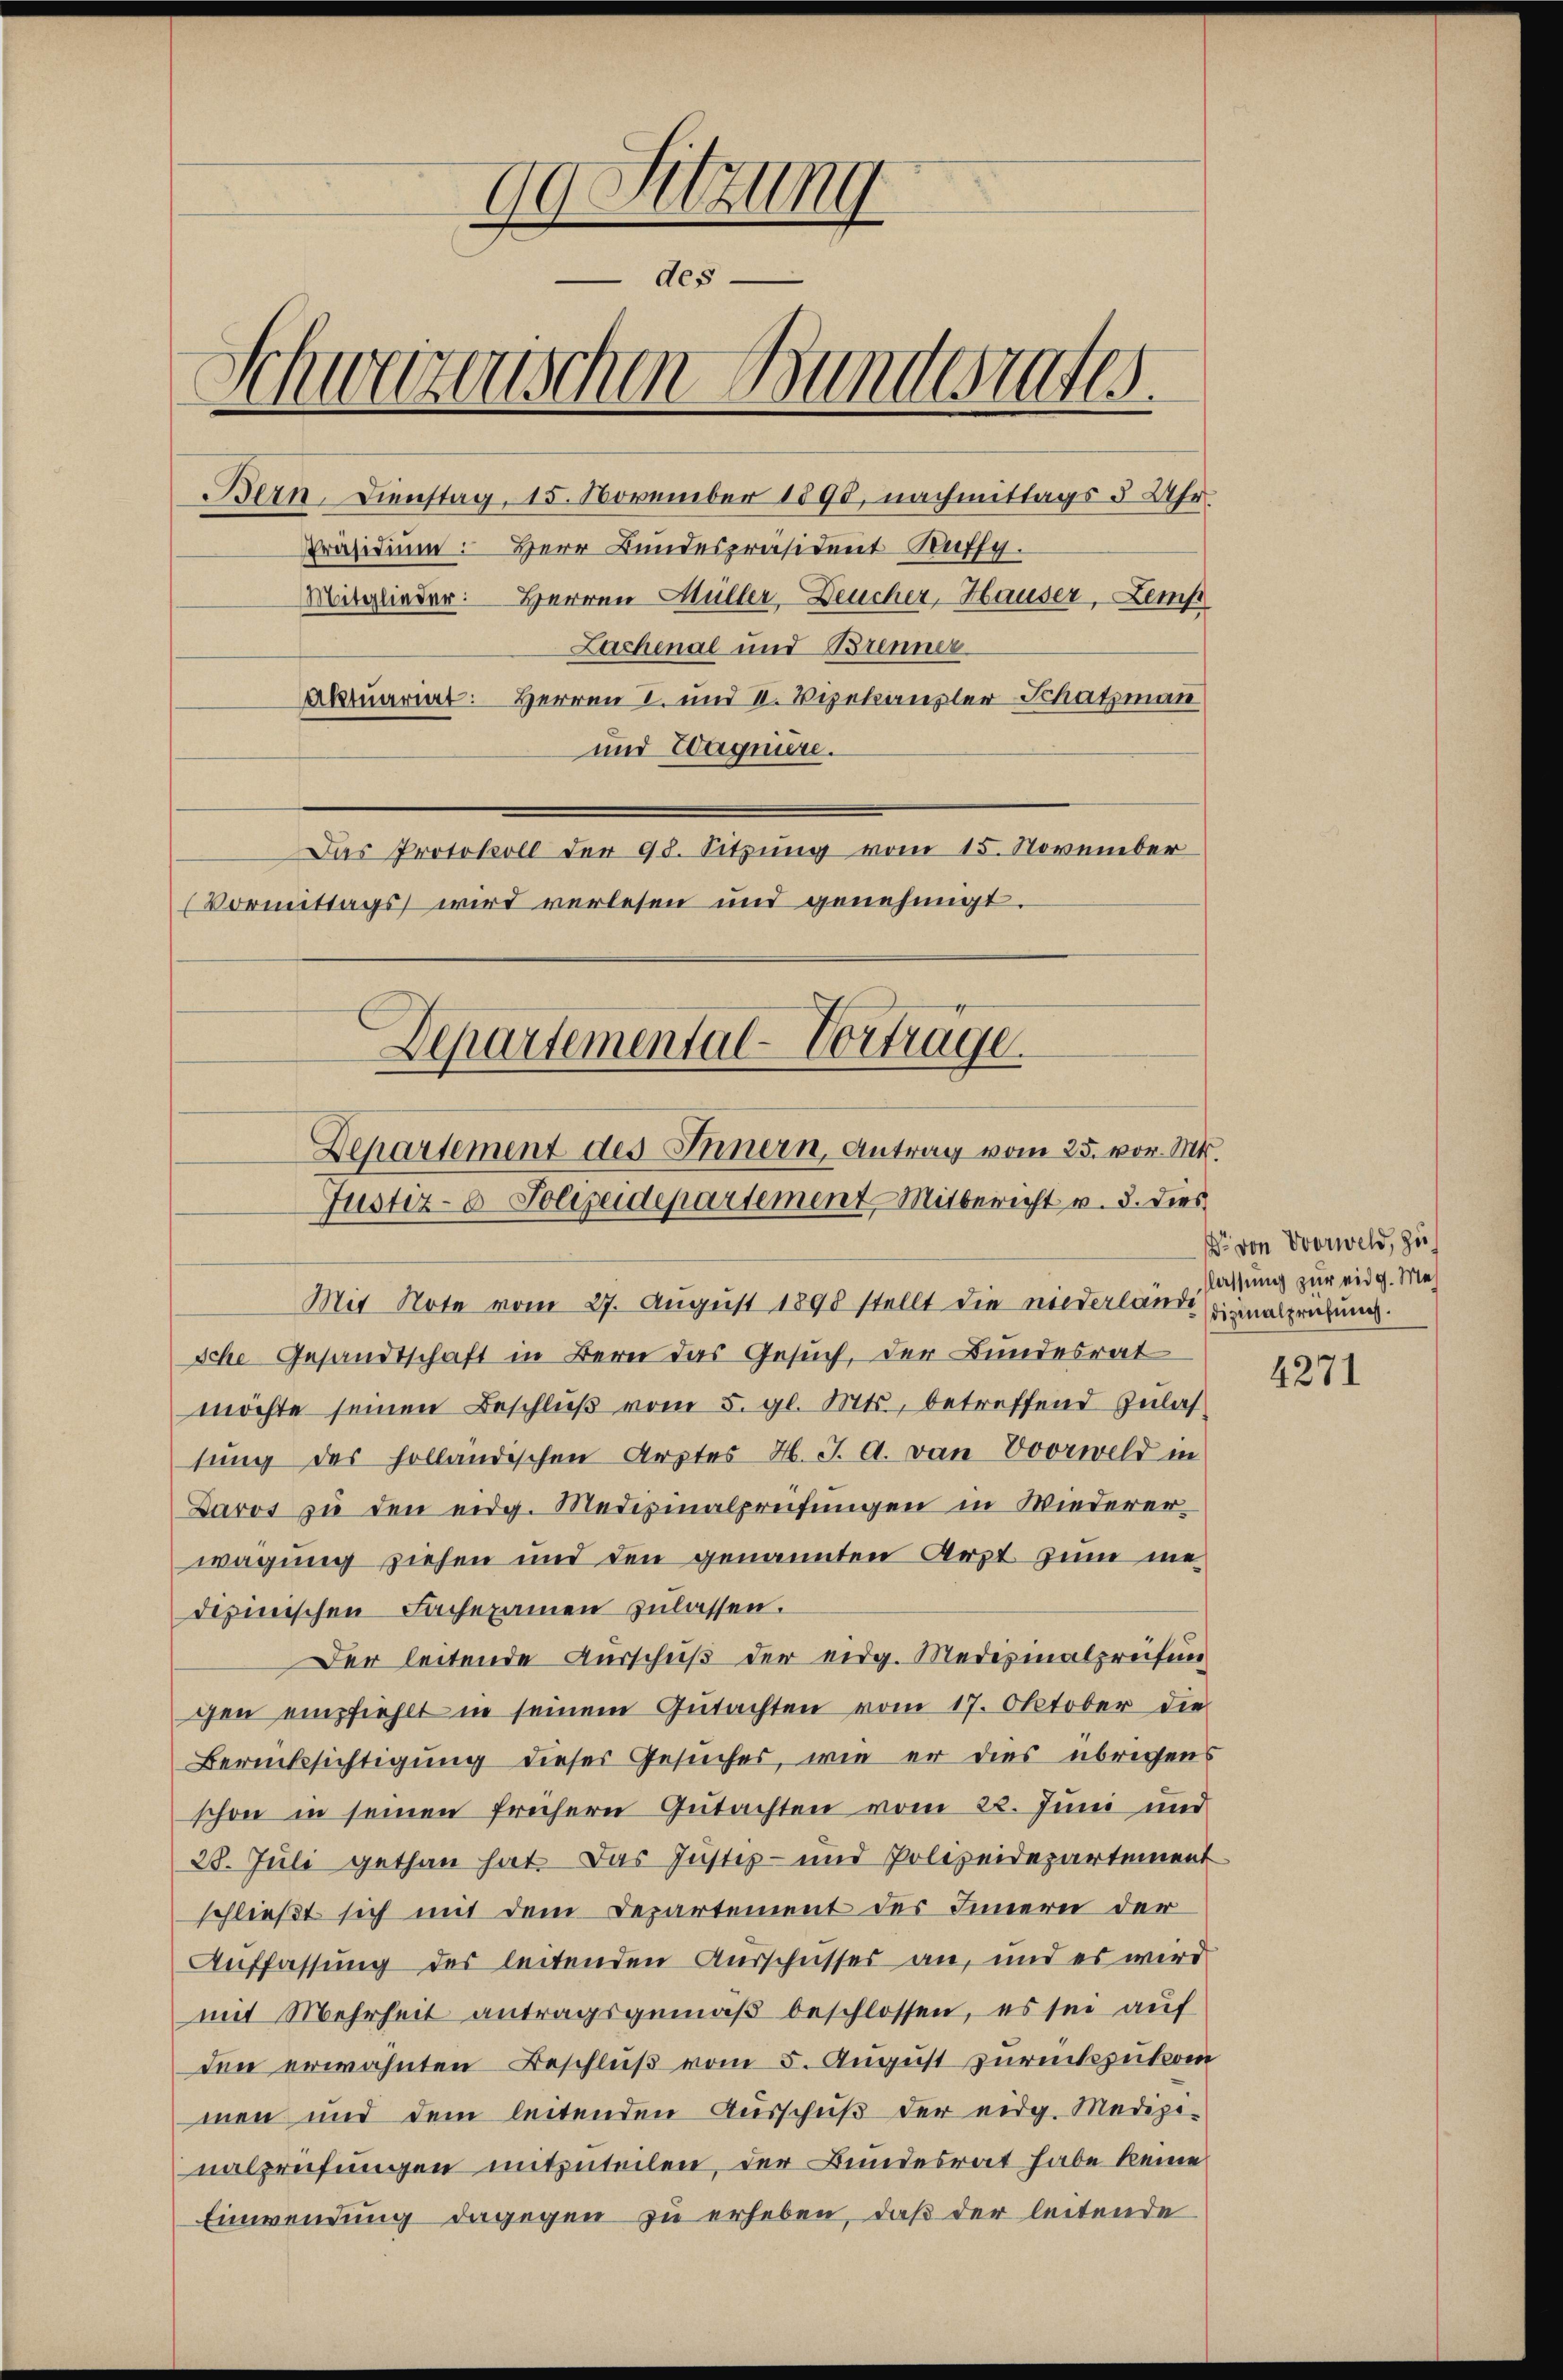
99 Sitzung
des
Schweizerischen Bundesrates.
Bern Dienstag, 15. November 1890, nachmittags 3 Uhr
Präsidium: Herr Bundespräsident Kuffy.
Mitglieder: Herren Müller Deucher, Hauser, Lemp
Lachenal und Brenner
Herren I. und I. Vizekanzler Schatzman
aktuarirt.
und Wagnire.

Das Protokoll der 98. Sitzung vom 15. November
(Vormittags wird verlesen und genehmigt.
Departemental-Vorträge.

Departement des Innern, Antrag vom 25. vor. Mt.
Justiz-8 Polizeidepartement, Mitbericht v. 3. dies

Mit Note vom 27. August 1890 stellt die niederlanderialprechung.
sche Gesandtschaft in Bern das Gesuch, der Bundesrat
möchte seinen Beschlŭβ vom 5. gl. Mts., betreffend Zulas
tung des holländischen Arztes H. J. A. von Vorwild in
Daros zu den eidg. Medizinalpreifungen in Wiederer-
wägung ziehen und den genannten Arzt zum medizinischen Sachexamen zulassen.
Der leitende Ausschuß der eidg. Medizinalpreifung
gen empfiehlt in seinem Gŭtachten vom 17. Oktober die
Berücksichtigung dieser Gesuches, wie er dies übrigens
schon in seinen frühern Gutachten vom 22. Juni und
28. Juli gethan hat. Das Justiz- und Polizeidepartement
schließt sich mit dem Departement des Innern der
Auffassung des leitenden Ausschusses an, und es wird
mit Mehrheit antragsgemäß beschlossen, es sei auf
den erwähnten Beschluß vom 5. August zurückzukom
men und dem leitenden Ausschuß der eidg. Medizinalprüfungen mitzuteilen, der Bundesrat habe keine
Einwendung dagegen zu erheben, daß der leitende

r von Oberwild, zu
lassung zur eidg. Meh

4271